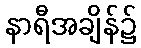
နာရီအချိန်၌